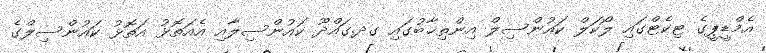
އެމްޑީޕީގެ ޓިކެޓްގައި ލޯކަލް ކައުންސިލް އިންތިޚާބުގައި ގދ.ގައްދޫ ކައުންސިލާއި އެއަތޮޅު އަތޮޅު ކައުންސިލްގެ